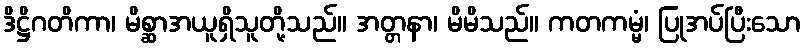
ဒိဋ္ဌိဂတိကာ၊ မိစ္ဆာအယူရှိသူတို့သည်။ အတ္တနာ၊ မိမိသည်။ ကတကမ္မံ၊ ပြုအပ်ပြီးသော